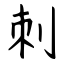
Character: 刺